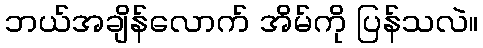
ဘယ်အချိန်လောက် အိမ်ကို ပြန်သလဲ။